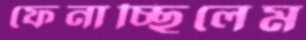
ফেনাচ্ছিলেম